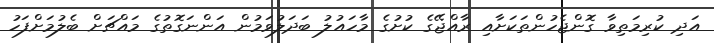
އަދި ކުރިމަތިވާ ގޮންޖެހުންތަކަށާއި ރާއްޖޭގެ ކުށުގެ މާހައުލު ބަދަލުވަމުން އަންނަގޮތުގެ މައްޗަށް ބެލުމަށްފަހު